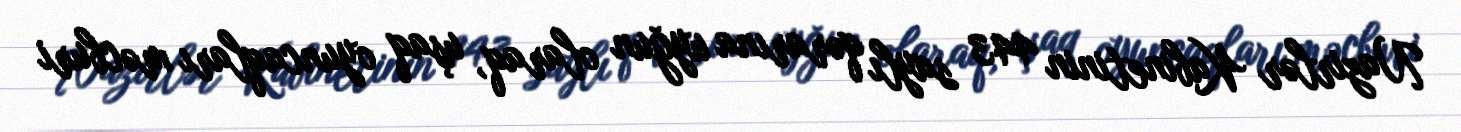
Nazirlər Kabinetinin 443 saylı qərarına uyğun olaraq, uşaq oyuncaqları məcburi